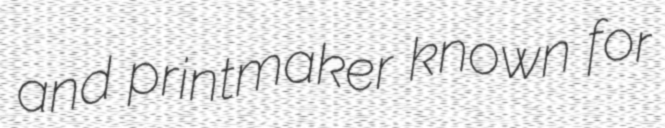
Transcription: and printmaker known for